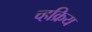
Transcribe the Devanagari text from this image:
च्हक्रिय